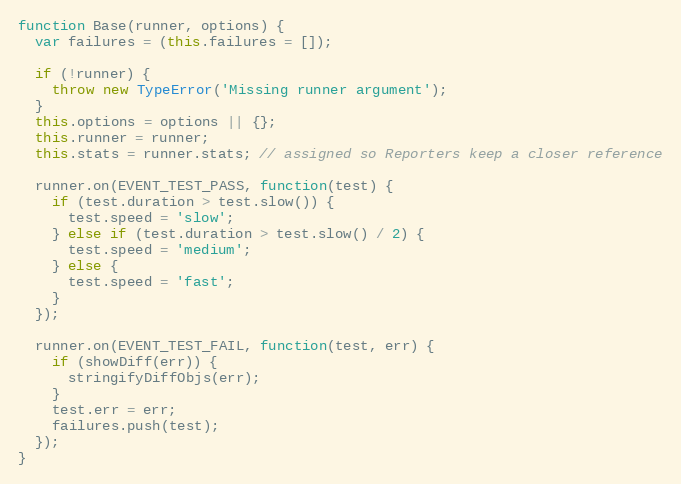
Language: JavaScript
function Base(runner, options) {
  var failures = (this.failures = []);

  if (!runner) {
    throw new TypeError('Missing runner argument');
  }
  this.options = options || {};
  this.runner = runner;
  this.stats = runner.stats; // assigned so Reporters keep a closer reference

  runner.on(EVENT_TEST_PASS, function(test) {
    if (test.duration > test.slow()) {
      test.speed = 'slow';
    } else if (test.duration > test.slow() / 2) {
      test.speed = 'medium';
    } else {
      test.speed = 'fast';
    }
  });

  runner.on(EVENT_TEST_FAIL, function(test, err) {
    if (showDiff(err)) {
      stringifyDiffObjs(err);
    }
    test.err = err;
    failures.push(test);
  });
}